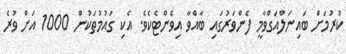
ކުރުމަށް ބައިނަލްއަގްވާމީ ފެންވަރުގައި ބާއްވާ އިވެންޓެކެވެ. އެކި ގައުމުތަކުން 1000 އަށް ވުރެ